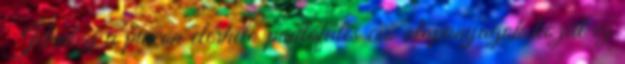
Jelenleg a piacon elérhető padlófűtés cső alapanyagok közül ez